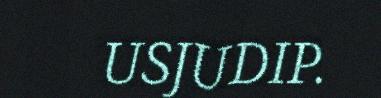
USJUDIP.